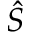
\hat { S }